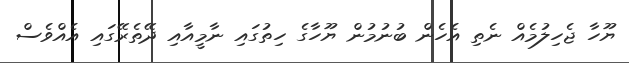
ޔޫހާ ޖެހިލުމެއް ނެތި އެހެން ބުނުމުން ޔޫހާގެ ހިތުގައި ނާމީއާއި ދޭތެރޭގައި އެއްވެސް